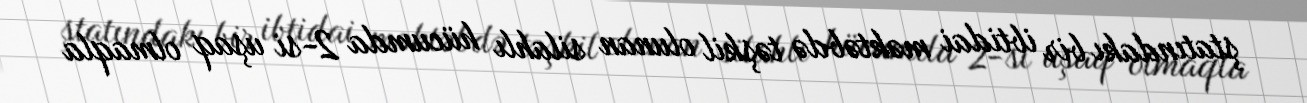
ştatındakı bir ibtidai məktəbdə təşkil olunan silahlı hücumda 2-si uşaq olmaqla